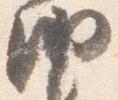
納